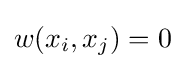
w(x_{i},x_{j})=0